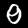
Label: 0